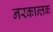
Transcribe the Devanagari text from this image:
नरकान्तक